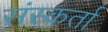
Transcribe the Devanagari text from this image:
संस्कर्ता